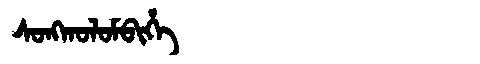
Manchu: ᠰᠣᠩᡴᠣᠯᠣᠮᠪᡳᡥᡝ
Romanization: SONGKOLOMBIHE